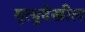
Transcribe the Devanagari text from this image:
मृत्यूदेखील